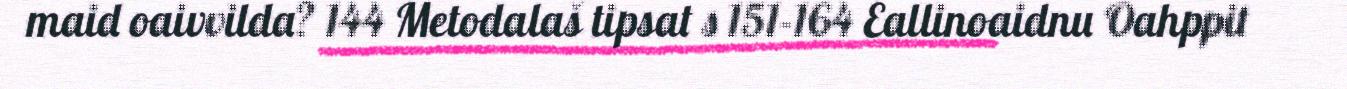
maid oaivvilda? 144 Metodalaš tipsat s 151-164 Eallinoaidnu Oahppit